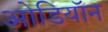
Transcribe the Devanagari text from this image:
ओडियॉन